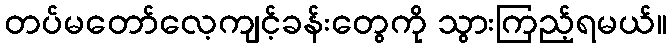
တပ်မတော်လေ့ကျင့်ခန်းတွေကို သွားကြည့်ရမယ်။